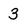
Character: 3